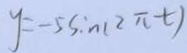
y = - 5 \sin ( 2 \pi t )